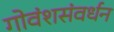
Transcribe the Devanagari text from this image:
गोवंशसंवर्धन